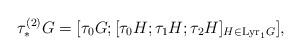
LaTeX: \begin{align*}\tau^{(2)}_\ast{G}=\lbrack\tau_0{G};\lbrack\tau_0{H};\tau_1{H};\tau_2{H}\rbrack_{H\in\mathrm{Lyr}_1{G}}\rbrack,\end{align*}